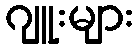
ဂျူးများ